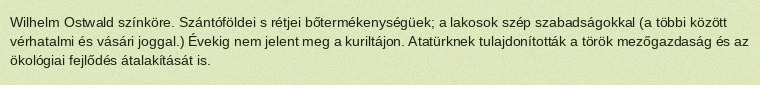
Wilhelm Ostwald színköre. Szántóföldei s rétjei bőtermékenységüek; a lakosok szép szabadságokkal (a többi között vérhatalmi és vásári joggal.) Évekig nem jelent meg a kuriltájon. Atatürknek tulajdonították a török mezőgazdaság és az ökológiai fejlődés átalakítását is.